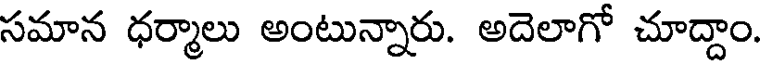
సమాన ధర్మాలు అంటున్నారు. అదెలాగో చూద్దాం.